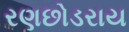
રણછોડરાય